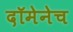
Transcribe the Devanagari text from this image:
दॉमेनेच